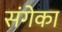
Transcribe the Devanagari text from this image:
संगेका